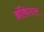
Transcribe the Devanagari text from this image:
ब्रंकिटल